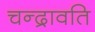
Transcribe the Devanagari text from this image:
चन्द्रावति